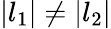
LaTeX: |l_{1}|\neq|l_{2}|